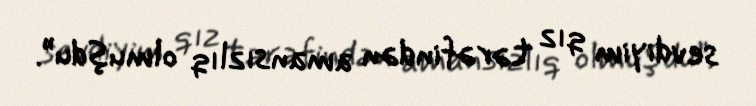
sevdiyim qız tərəfindən amansızlıq olmuşdu”.